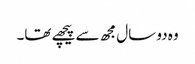
وہ دو سال مجھ سے پیچھے تھا۔